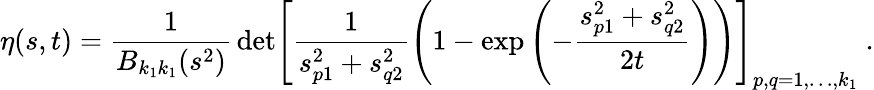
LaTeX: \eta(s,t)=\frac{1}{B_{k_{1}k_{1}}(s^{2})}\, \mathrm{det}\left[\frac{1}{s_{p1}^{2}+s_{q2}^{2}}\left(1-\exp\left(-\frac{s_{p1}^{2}+s_{q2}^{2}}{2t}\right)\right)\right]_{p,q=1,\ldots,k_{1}}\ .